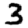
Digit: 3